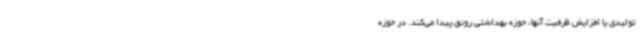
تولیدی یا افزایش ظرفیت آنها، حوزه بهداشتی رونق پیدا می‌کند. در حوزه